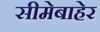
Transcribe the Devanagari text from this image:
सीमेबाहेर